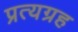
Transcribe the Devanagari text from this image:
प्रत्यग्रह